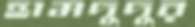
হামদুদুর